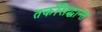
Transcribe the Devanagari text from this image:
तर्कसिद्धान्त